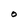
Character: O